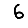
Digit: 6